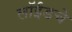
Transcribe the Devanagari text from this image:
लॉईडचे